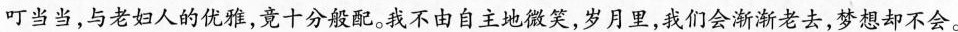
叮当当,与老妇人的优雅,竟十分般配。我不由自主地微笑,岁月里,我们会渐渐老去,梦想却不会。